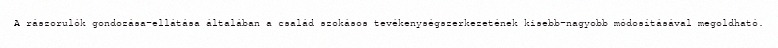
A rászorulók gondozása-ellátása általában a család szokásos tevékenységszerkezetének kisebb-nagyobb módosításával megoldható.